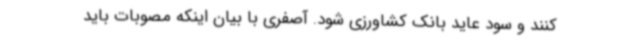
کنند و سود عاید بانک کشاورزی شود. آصفری با بیان اینکه مصوبات باید